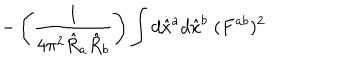
- \left( \frac { 1 } { 4 \pi ^ { 2 } \hat { R } _ { a } \hat { R } _ { b } } \right) \int d \hat { x } ^ { a } d \hat { x } ^ { b } \; ( F ^ { a b } ) ^ { 2 }